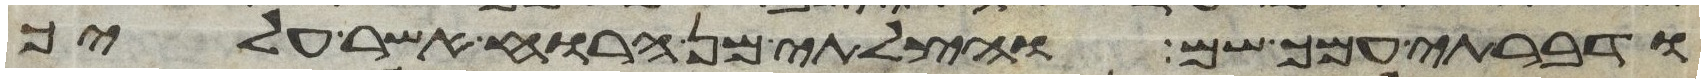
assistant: ודברתי עמך שם והצלתי מן הרוח אשר עליך